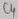
Text: C4